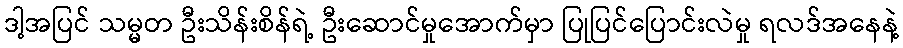
ဒါ့အပြင် သမ္မတ ဦးသိန်းစိန်ရဲ့ ဦးဆောင်မှုအောက်မှာ ပြုပြင်ပြောင်းလဲမှု ရလဒ်အနေနဲ့